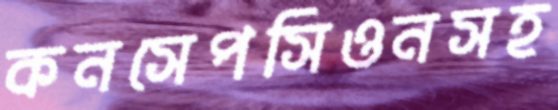
কনসেপসিওনসহ